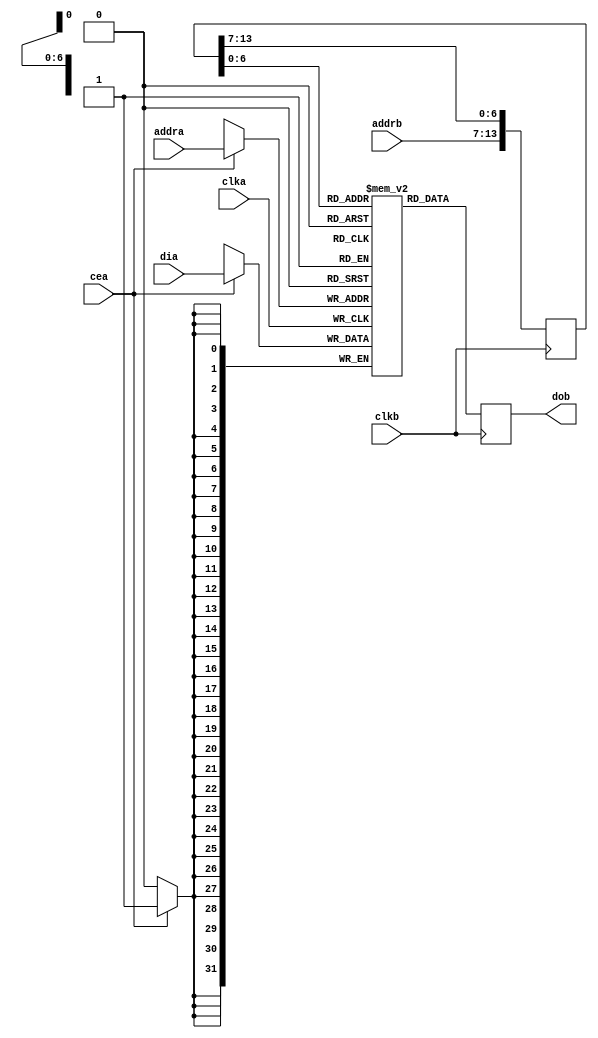
module charattr_row ( 
	input wire clka,
	input wire [6:0] addra,
	input wire [31:0] dia,
	input wire cea,

	input wire clkb,
	input wire [6:0] addrb,
	output reg [31:0] dob
);

reg [31:0] memory [127:0];

always @(posedge clka) if (cea) memory[addra] <= dia;

reg [13:0] fifo = 14'd0;
always @(posedge clkb) begin
	fifo <= { addrb, fifo[13:7] };
	dob <= memory[fifo[6:0]];
end

endmodule